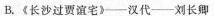
B、《长沙过贾谊宅》——汉代——刘长卿